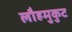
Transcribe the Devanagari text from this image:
लौहमुकुट